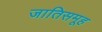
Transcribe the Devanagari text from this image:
जातिसमूह